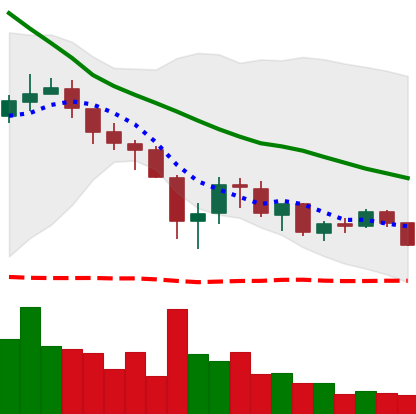
Ticker: XRP-USD
Chart end date: 2018-05-22
Forward return: -5.838%
Label: down_5_7